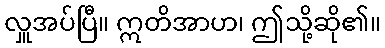
လှူအပ်ပြီ။ ဣတိအာဟ၊ ဤသို့ဆို၏။